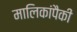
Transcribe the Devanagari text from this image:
मालिकांपैकी